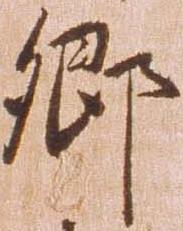
郷